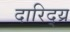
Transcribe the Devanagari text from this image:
दारिद्य्र